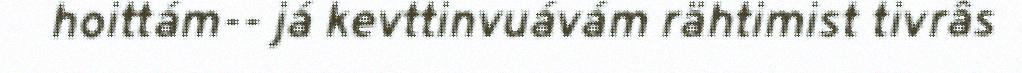
hoittám-‐ já kevttinvuávám rähtimist tivrâs